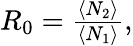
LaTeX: \begin{array}{r}{R_{0}=\frac{\langle N_{2}\rangle}{\langle N_{1}\rangle},}\end{array}